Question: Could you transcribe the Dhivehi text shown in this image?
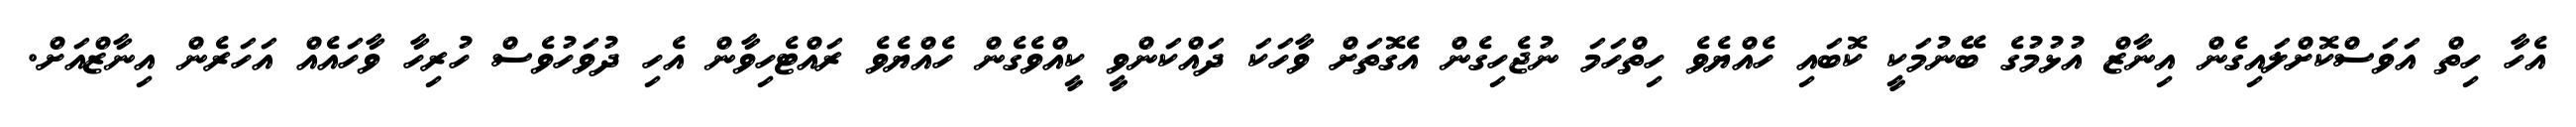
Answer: އެހާ ހިތް އަވަސްކޮށްލައިގެން އިނާޒް އުޅުމުގެ ބޭނުމަކީ ކޮބައި ހެއްޔެވެ ހިތްހަމަ ނުޖެހިގެން އެގޮތަށް ވާހަކަ ދައްކަންވީ ކީއްވެގެން ހެއްޔެވެ ރައްޓެހިވާން އެހި ދުވަހުވެސް ހުރިހާ ވާހައެއް އަހަރެން އިނާޒްއަށް.